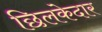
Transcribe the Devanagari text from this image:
छिलकेदार